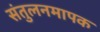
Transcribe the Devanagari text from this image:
संतुलनमापक